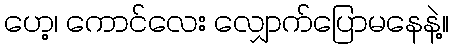
ဟေ့၊ ကောင်လေး လျှောက်ပြောမနေနဲ့။